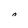
Character: 0